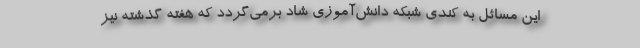
این مسائل به کندی شبکه دانش‌آموزی شاد برمی‌گردد که هفته گذشته نیز